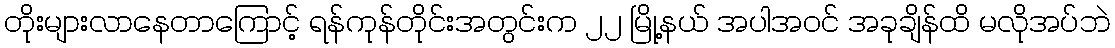
တိုးများလာနေတာကြောင့် ရန်ကုန်တိုင်းအတွင်းက ၂၂ မြို့နယ် အပါအဝင် အခုချိန်ထိ မလိုအပ်ဘဲ